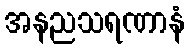
အနညသရဏာနံ